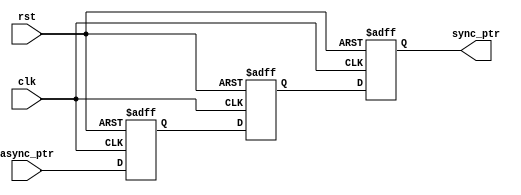
module synchronizer #(parameter ADDR_WIDTH = 4) (
    input wire clk,
    input wire rst,
    input wire [ADDR_WIDTH:0] async_ptr,
    output reg [ADDR_WIDTH:0] sync_ptr
);

    // Two-stage synchronizer to mitigate metastability
    reg [ADDR_WIDTH:0] sync_stage1;
    reg [ADDR_WIDTH:0] sync_stage2;

    always @(posedge clk or posedge rst) begin
        if (rst) begin
            sync_stage1 <= 0;
            sync_stage2 <= 0;
            sync_ptr <= 0;
        end else begin
            sync_stage1 <= async_ptr;
            sync_stage2 <= sync_stage1;
            sync_ptr <= sync_stage2;
        end
    end

endmodule